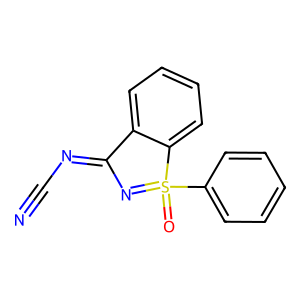
SMILES: N#CN=C1N=S(=O)(c2ccccc2)c2ccccc21
Inhibits HIV replication: No